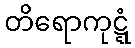
တိရောကုဋ္ဋံ